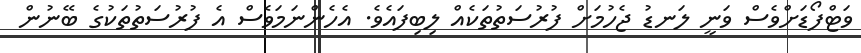
ވަޓްފޯޑަށްވެސް ވަނީ ލަނޑު ޖެހުމަށް ފުރުސަތުތަކެއް ލިބިފައެވެ. އެހެންނަމަވެސް އެ ފުރުސަތުތަކުގެ ބޭނުން